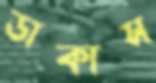
ডাকাস